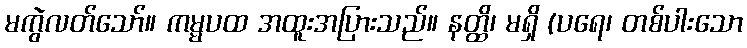
မကွဲလတ်သော်။ ကမ္မပထ အထူးအပြားသည်။ နတ္ထိ၊ မရှိ (ပရေ၊ တစ်ပါးသော